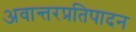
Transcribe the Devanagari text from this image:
अवान्तरप्रतिपादन